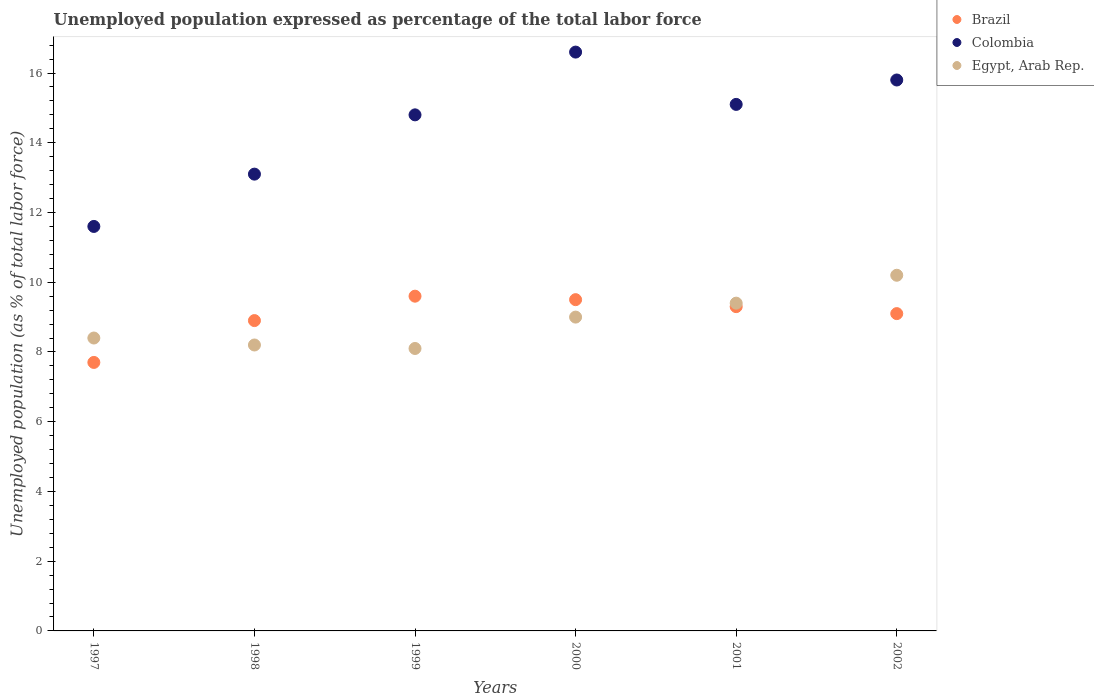
| Years | Brazil | Colombia | Egypt, Arab Rep. |
 | --- | --- | --- | --- |
 | 1997 | 7.7 | 11.6 | 8.4 |
 | 1998 | 8.9 | 13.1 | 8.2 |
 | 1999 | 9.6 | 14.8 | 8.1 |
 | 2000 | 9.5 | 16.6 | 9 |
 | 2001 | 9.3 | 15.1 | 9.4 |
 | 2002 | 9.1 | 15.8 | 10.2 |